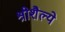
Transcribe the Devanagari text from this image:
श्रीशैल्ये